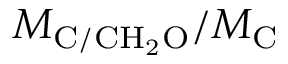
M _ { \mathrm { C / C H _ { 2 } O } } / M _ { \mathrm { C } }